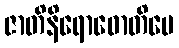
ဇာတိနိရောဓောတိပေ